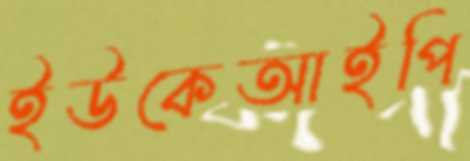
ইউকেআইপি